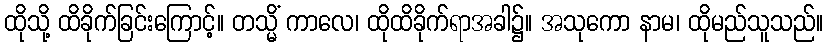
ထိုသို့ ထိခိုက်ခြင်းကြောင့်။ တသ္မိံ ကာလေ၊ ထိုထိခိုက်ရာအခါ၌။ အသုကော နာမ၊ ထိုမည်သူသည်။